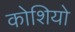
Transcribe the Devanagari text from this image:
कोशियो